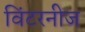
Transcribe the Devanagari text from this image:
विंटरनीज